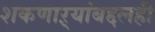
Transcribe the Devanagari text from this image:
शकणाऱ्यांबद्दलही